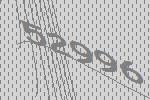
52996